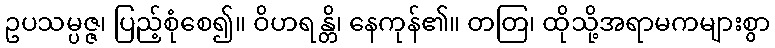
ဥပသမ္ပဇ္ဇ၊ ပြည့်စုံစေ၍။ ဝိဟရန္တိ၊ နေကုန်၏။ တတြ၊ ထိုသို့အရာမကများစွာ